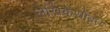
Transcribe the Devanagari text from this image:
लेखिकेसोबत